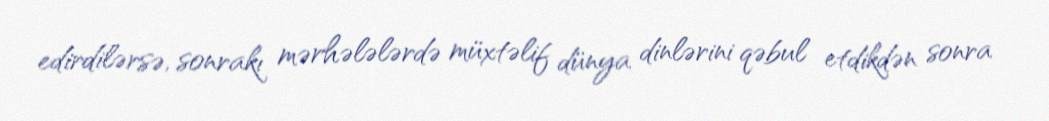
edirdilərsə, sonrakı mərhələlərdə müxtəlif dünya dinlərini qəbul etdikdən sonra